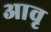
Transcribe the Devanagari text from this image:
आवृ